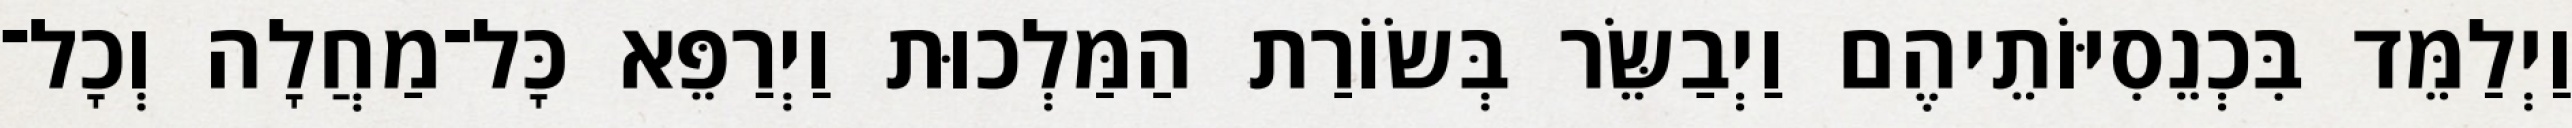
וַיְלַמֵּד בִּכְנֵסִיּוֹתֵיהֶם וַיְבַשֵּׂר בְּשׂוֹרַת הַמַּלְכוּת וַיְרַפֵּא כָּל־מַחֲלָה וְכָל־